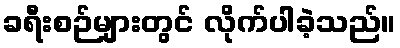
ခရီးစဉ်များတွင် လိုက်ပါခဲ့သည်။